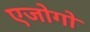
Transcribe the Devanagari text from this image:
एजोगो